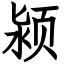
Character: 颍